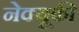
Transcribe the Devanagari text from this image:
नेक्यूफी